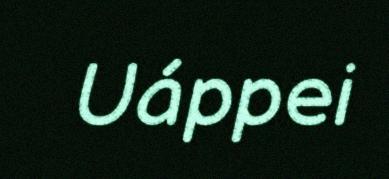
Uáppei